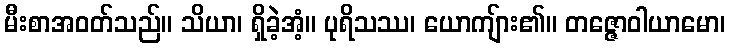
မီးစာအဝတ်သည်။ သိယာ၊ ရှိခဲ့အံ့။ ပုရိသဿ၊ ယောကျ်ား၏။ တဇ္ဇောဝါယာမော၊